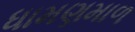
ધામણમાળ